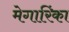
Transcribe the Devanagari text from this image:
मेगारिंका